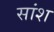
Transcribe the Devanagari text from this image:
सांश